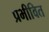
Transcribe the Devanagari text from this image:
प्रभीवित